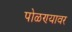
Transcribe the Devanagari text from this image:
पोळण्यावर